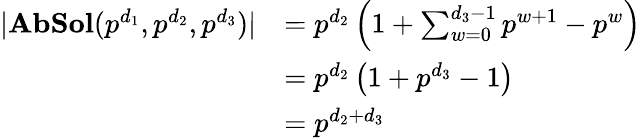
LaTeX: \begin{array}{rl}{|\mathbf{AbSol}(p^{d_{1}},p^{d_{2}},p^{d_{3}})|}&{=p^{d_{2}}\left(1+\sum_{w=0}^{d_{3}-1}p^{w+1}-p^{w}\right)}\\ &{=p^{d_{2}}\left(1+p^{d_{3}}-1\right)}\\ &{=p^{d_{2}+d_{3}}}\end{array}